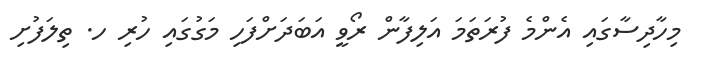
މިހާދިސާގައި އެންމެ ފުރަތަމަ އަލިފާން ރޯވީ އަބަދަށްފަހި މަގުގައި ހުރި ހ. ތިލަފުށި